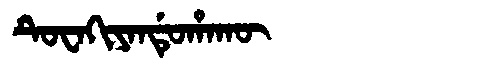
Manchu: ᡨᡠᠸᠠᡴᡳᠶᠠᠨᡩᡠᡥᠠᡴᡡ
Romanization: TUWAKIYANDUHAKŪ